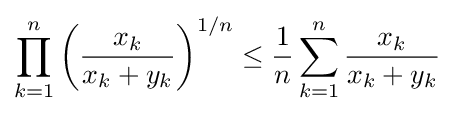
\prod _{k=1}^{n}\left({x_{k} \over x_{k}+y_{k}}\right)^{1/n}\leq {1 \over n}\sum _{k=1}^{n}{x_{k} \over x_{k}+y_{k}}